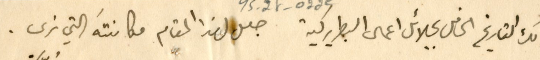
ذلك التاريخ الحافل بجلائد اعمال البطريركية جعل لهذا المقام مكانتَه التي نرى.